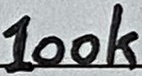
Text: 100k